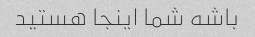
باشه شما اینجا هستید